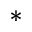
^ { \ast }